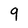
Character: 9